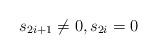
LaTeX: \begin{align*}{s_{2i+1}}\ne 0,s_{2i}=0\end{align*}